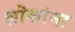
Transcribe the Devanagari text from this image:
लॊकांना